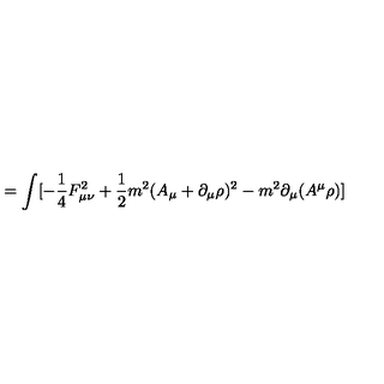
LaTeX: = \int [ - \frac { 1 } { 4 } F _ { \mu \nu } ^ { 2 } + \frac { 1 } { 2 } m ^ { 2 } ( A _ { \mu } + \partial _ { \mu } \rho ) ^ { 2 } - m ^ { 2 } \partial _ { \mu } ( A ^ { \mu } \rho ) ]